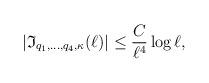
LaTeX: \begin{align*}|\mathfrak{I}_{q_1,\ldots, q_4, \kappa}(\ell)|\leq \frac{C}{\ell^4}\log \ell,\end{align*}